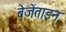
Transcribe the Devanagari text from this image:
बेजेंताइन